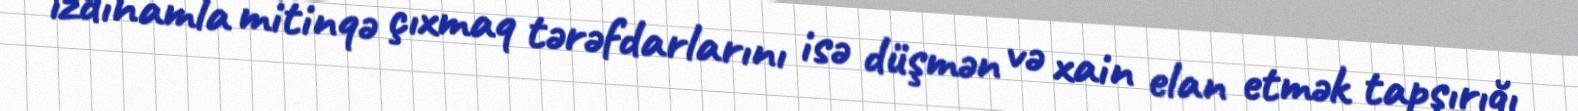
izdihamla mitinqə çıxmaq tərəfdarlarını isə düşmən və xain elan etmək tapşırığı